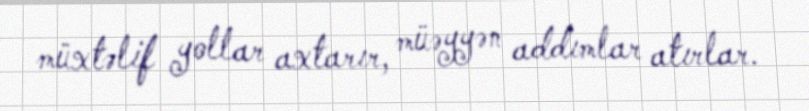
müxtəlif yollar axtarır, müəyyən addımlar atırlar.